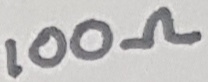
Text: 100Ω